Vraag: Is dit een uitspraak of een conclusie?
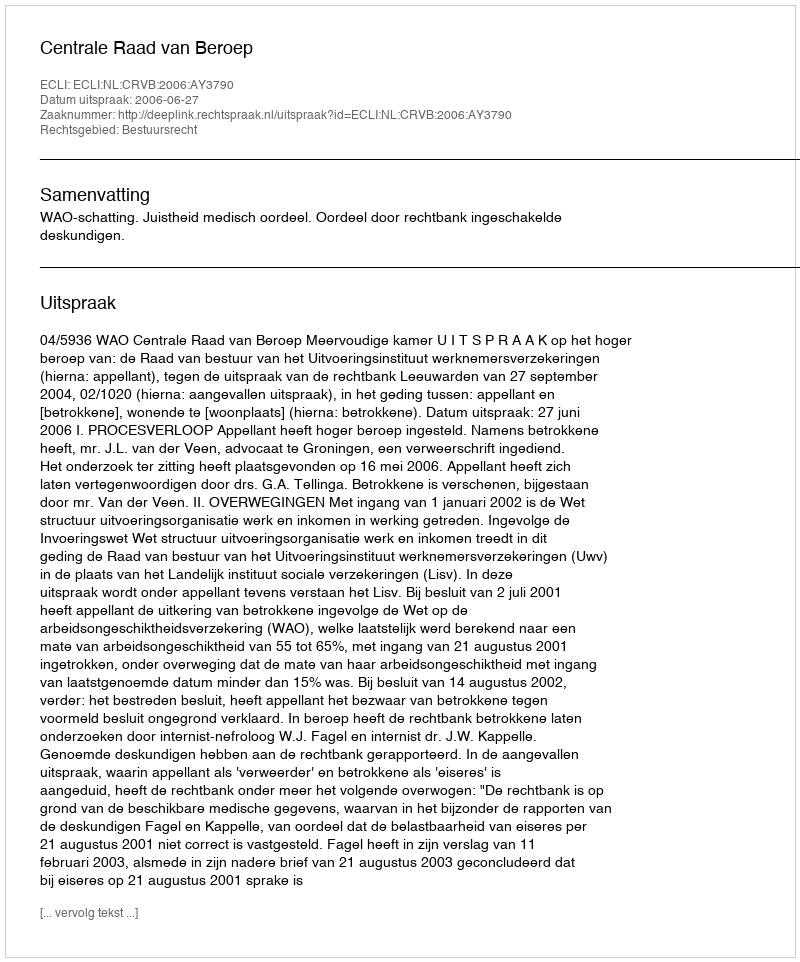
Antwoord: Uitspraak